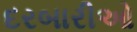
દરબારીઓ